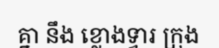
គ្នា នឹង ខ្លោងទ្វារ ក្រុង